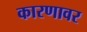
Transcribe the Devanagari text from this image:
कारणावर